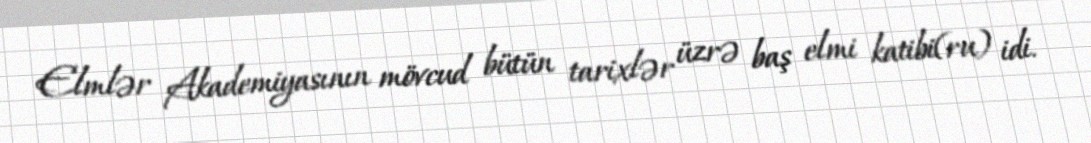
Elmlər Akademiyasının mövcud bütün tarixlər üzrə baş elmi katibi(ru) idi.